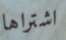
اشتراها